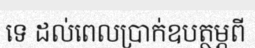
ទេ ដល់ពេលប្រាក់ឧបត្ថម្ភពី